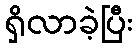
ရှိလာခဲ့ပြီး